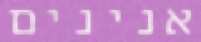
אנינים